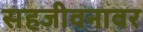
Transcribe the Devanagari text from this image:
सहजीवनावर